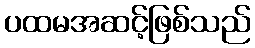
ပထမအဆင့်ဖြစ်သည်